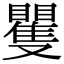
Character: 矍